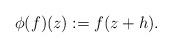
LaTeX: \begin{gather*}\phi(f)(z):=f(z+h).\end{gather*}